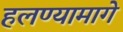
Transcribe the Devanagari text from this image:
हलण्यामागे